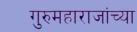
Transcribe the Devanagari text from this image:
गुरुमहाराजांच्या